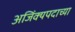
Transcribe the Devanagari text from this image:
अजिंक्यपदाच्या